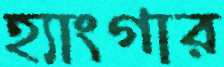
হ্যাংগার